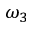
\omega _ { 3 }